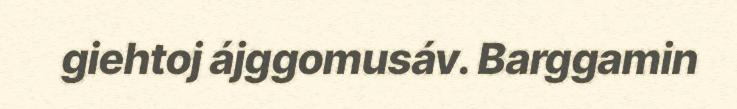
giehtoj ájggomusáv. Barggamin